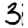
Digit: 3